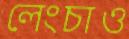
লেংচাও